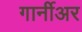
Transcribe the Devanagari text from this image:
गार्नीअर